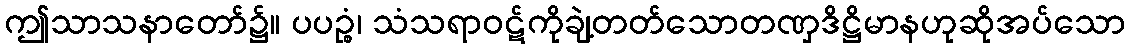
ဤသာသနာတော်၌။ ပပဉ္စံ၊ သံသရာဝဋ်ကိုချဲ့တတ်သောတဏှဒိဋ္ဌိမာနဟုဆိုအပ်သော